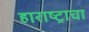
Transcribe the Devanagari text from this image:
हाराष्ट्राचा